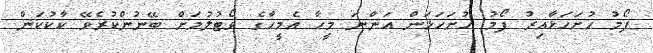
ފޯމު ހުށަހަޅާއިރު ފޯމު ހުށަހަޅަން އަންނަ މީހާ އެމީހާގެ ވޯޓުލުމަށް ބޭނުންކުރެވޭ ކާކުކަން